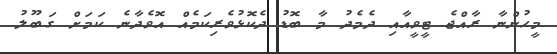
މީހުންނާ ރާއްޖެ ޓީވީއާއި ދެމެދު މާ ބޮޑު ދެކޮޅުވެރިކަމެއް އޮވެދާނެ ކަމަށް ގަބޫލު